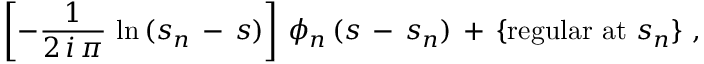
\left[ - \frac { 1 } { 2 \, i \, \pi } \, \ln \, ( s _ { n } \, - \, s ) \right] \, \phi _ { n } \, ( s \, - \, s _ { n } ) \, + \, \{ \mathrm { r e g u l a r ~ a t } \, \, s _ { n } \} \, \, ,